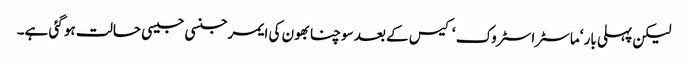
لیکن پہلی بار ‘ماسٹراسٹروک ‘ کیس کے بعد سوچنا بھون کی ایمرجنسی جیسی حالت ہو گئی ہے۔